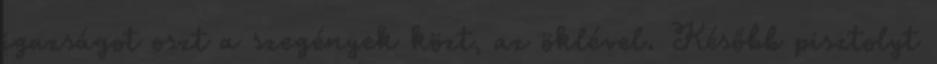
igazságot oszt a szegények közt, az öklével. Később pisztolyt